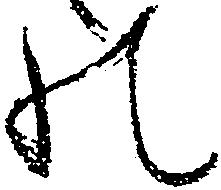
の